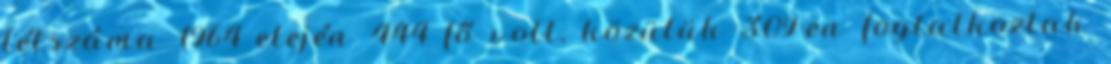
létszáma 1964 elején 444 fő volt, közülük 309-en foglalkoztak